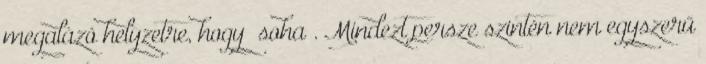
megalázó helyzetre, hogy „soha”. Mindezt persze szintén nem egyszerű